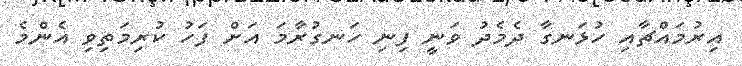
އިރުމައްޗާއި ހުޅަނގާ ދެމެދު ވަނީ ފިނި ހަނގުރާމަ އަށް ފަހު ކުރިމަތިވި އެންމެ